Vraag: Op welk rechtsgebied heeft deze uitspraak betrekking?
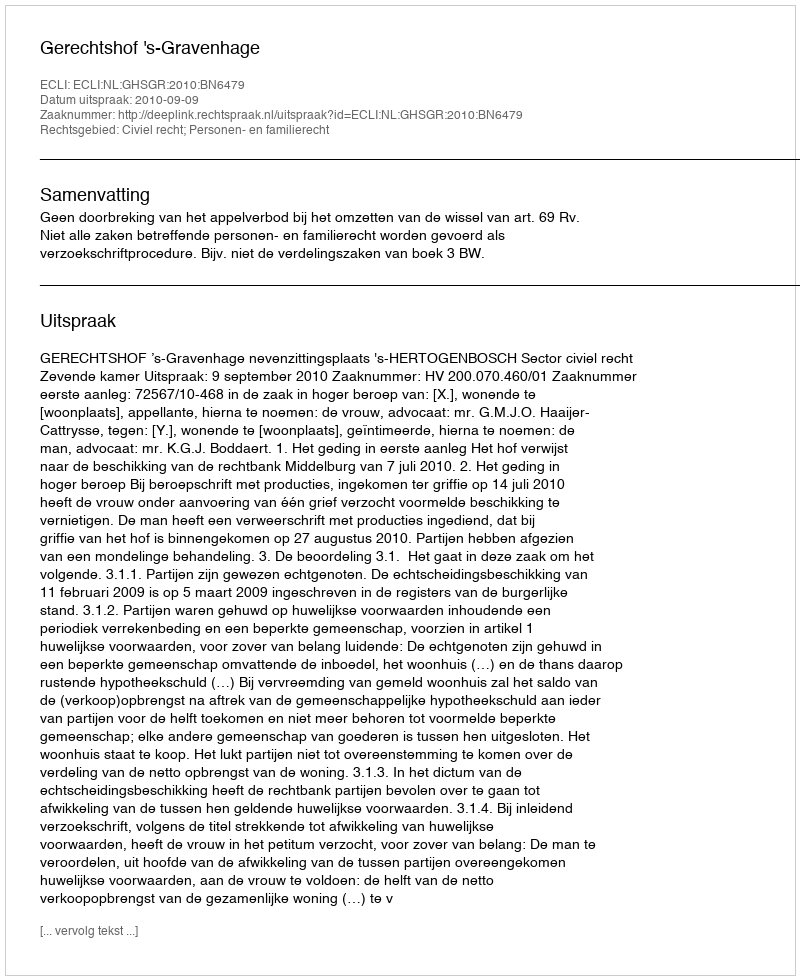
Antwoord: Civiel recht; Personen- en familierecht